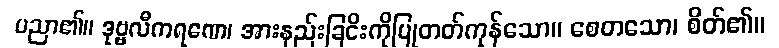
ပညာ၏။ ဒုဗ္ဗလီကရဏေ၊ အားနည်းခြငိးကိုပြုတတ်ကုန်သော။ စေတသော၊ စိတ်၏။